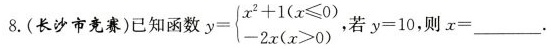
8.(长沙市竞赛)已知函数$$y = \begin {cases}